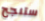
ستنجح